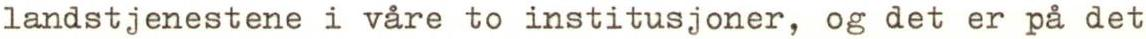
landstjenestene i våre to institusjoner, og det er på det